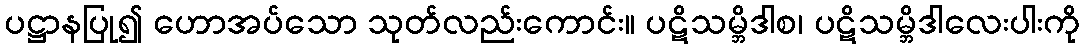
ပဋ္ဌာနပြု၍ ဟောအပ်သော သုတ်လည်းကောင်း။ ပဋိသမ္ဘိဒါစ၊ ပဋိသမ္ဘိဒါလေးပါးကို